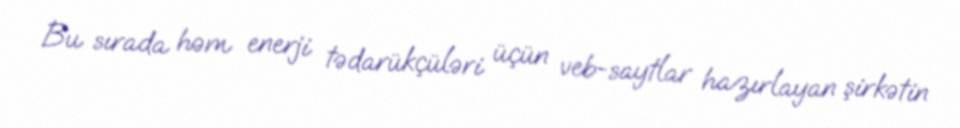
Bu sırada həm enerji tədarükçüləri üçün veb-saytlar hazırlayan şirkətin